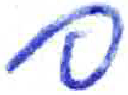
אות: ם